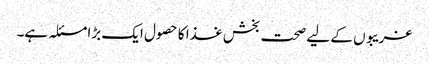
غریبوں کے لیے صحت بخش غذا کا حصول ایک بڑا مسئلہ ہے۔